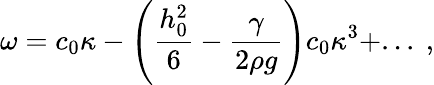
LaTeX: \omega=c_{0}\kappa-\left(\frac{h_{0}^{2}}{6}-\frac{\gamma}{2\rho g}\right)c_{0}\kappa^{3}+...~,